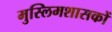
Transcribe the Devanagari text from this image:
मुस्लिमशासकों